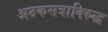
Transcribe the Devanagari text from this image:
अटकसत्राविरुद्ध